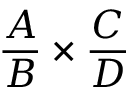
{ \frac { A } { B } } \times { \frac { C } { D } }